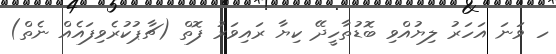
ހ ވަނަ އަހަރު ލިޔުއްވި ބޮޑުތާހީދޭ ކިޔާ ރައިވަރު ފޮތް (ޗާޕުކުރެވިފައެއް ނެތް)